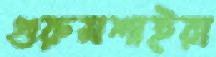
গুরুমশাইরা